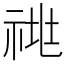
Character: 𰨁